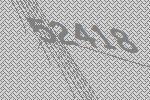
52418